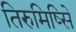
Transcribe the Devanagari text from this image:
तिरुमिष्सिे